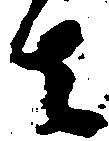
者